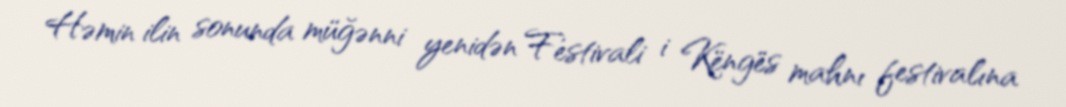
Həmin ilin sonunda müğənni yenidən Festivali i Këngës mahnı festivalına